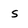
Character: s